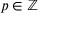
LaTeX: p \in \mathbb { Z }